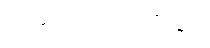
အဆိုပါသတင်းတွင်